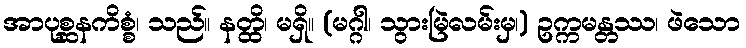
အာပုစ္ဆနကိစ္စံ၊ သည်။ နတ္ထိ၊ မရှိ။ (မဂ္ဂါ၊ သွားမြဲလမ်းမှ၊) ဥက္ကမန္တဿ၊ ဖဲသော